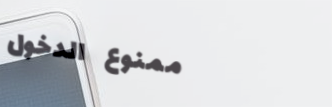
ممنوع الدخول